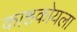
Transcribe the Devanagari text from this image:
काष्ठकोयला